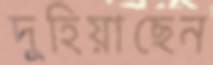
দুহিয়াছেন